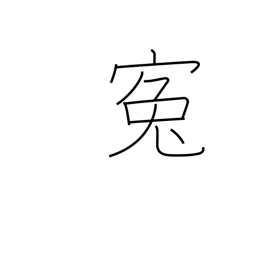
Meaning: grievance